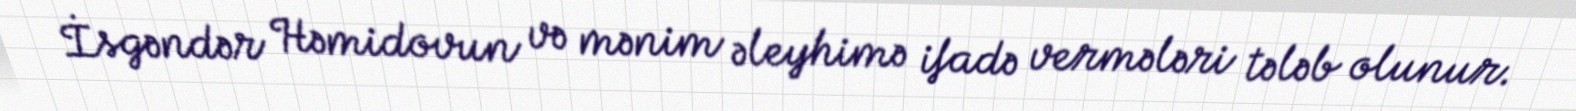
İsgəndər Həmidovun və mənim əleyhimə ifadə vermələri tələb olunur.